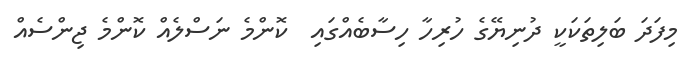
މިފަދަ ބަލިތަކަކީ ދުނިޔޭގެ ހުރިހާ ހިސާބެއްގައި  ކޮންމެ ނަސްލެއް ކޮންމެ ޖިންސެއް